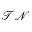
\mathcal { T N }